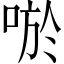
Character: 唹